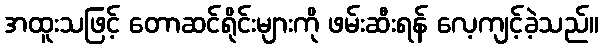
အထူးသဖြင့် တောဆင်ရိုင်းများကို ဖမ်းဆီးရန် လေ့ကျင့်ခဲ့သည်။